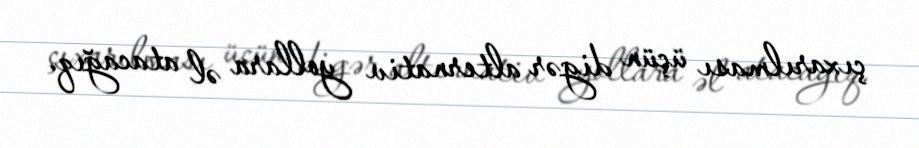
çıxarılması üçün digər alternativ yollara əl atacağıq.